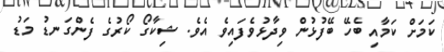
ކަމަށް ކަމާއި ބެހޭ ބޭފުޅުން ވިދާޅުވެފައިވެ އެވެ. ޝިކާގޯ ކޯރުގެ ފެންގަނޑު މަޑު